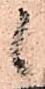
候